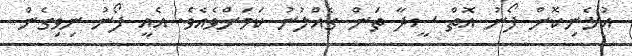
އުޅެނިކޮށް ފޯނު އޮތް ސީދާ ތަން ގެއްލުނު ކަމަށްވެއެވެ. އެއީ ފޯނު ނިވިގެން